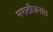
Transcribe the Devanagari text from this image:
मराठीजनांत